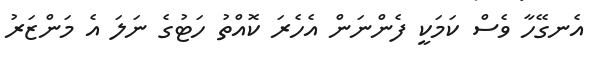
އެނގޭހާ ވެސް ކަމަކީ ފެންނަން އެހެރަ ކޮއްތު ހަޓުގެ ނަލަ އެ މަންޒަރު